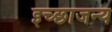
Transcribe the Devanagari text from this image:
इच्छाजन्य